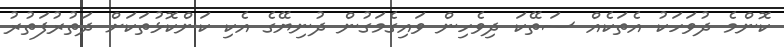
ކޮންމެ ދުވަހަކު އެތަކެއް ސަތޭކަ ދިވެހިން ވައިގެމަގުން ދުނިޔޭގެ އެކި ކަންކޮޅުތަކަށް ދަތުރުފަތުރު